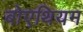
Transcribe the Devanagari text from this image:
बोएथियम